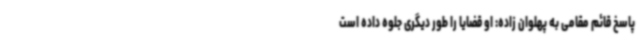
پاسخ قائم مقامی به پهلوان زاده: او قضایا را طور دیگری جلوه داده است